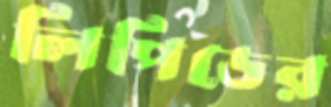
লিপিডের